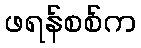
ဖရန်စစ်က